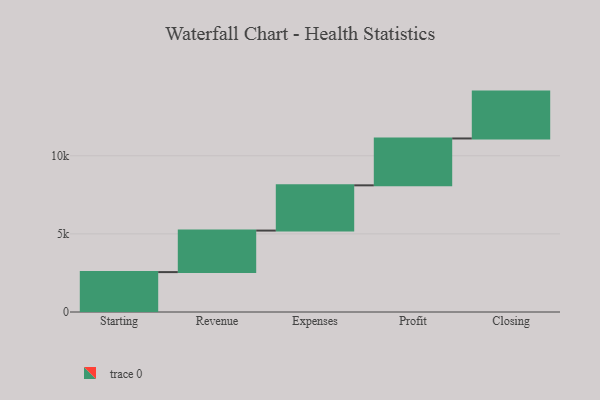
{"axis": {"x": "Step", "y": "Value"}, "legend": [""], "data": [{"x": "Starting", "y": 2554.0, "type": ""}, {"x": "Revenue", "y": 2659.0, "type": ""}, {"x": "Expenses", "y": 2896.0, "type": ""}, {"x": "Profit", "y": 3000, "type": ""}, {"x": "Closing", "y": 3000, "type": ""}]}